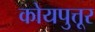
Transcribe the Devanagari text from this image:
कोयपुत्तूर